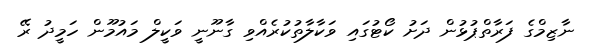
ނާޒިމްގެ ފަރާތްޕުޅުން ދަށު ކޯޓުގައި ވަކާލާތުކުރެއްވި ގާނޫނީ ވަކީލް މައުމޫން ހަމީދު ރޭ